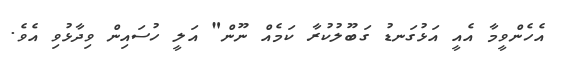
އެހެންވީމާ އެއީ އަޅުގަނޑު ގަބޫލުކުރާ ކަމެއް ނޫން" އަލީ ހުސައިން ވިދާޅުވި އެވެ.